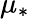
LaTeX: \mu_{*}